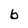
Character: 6